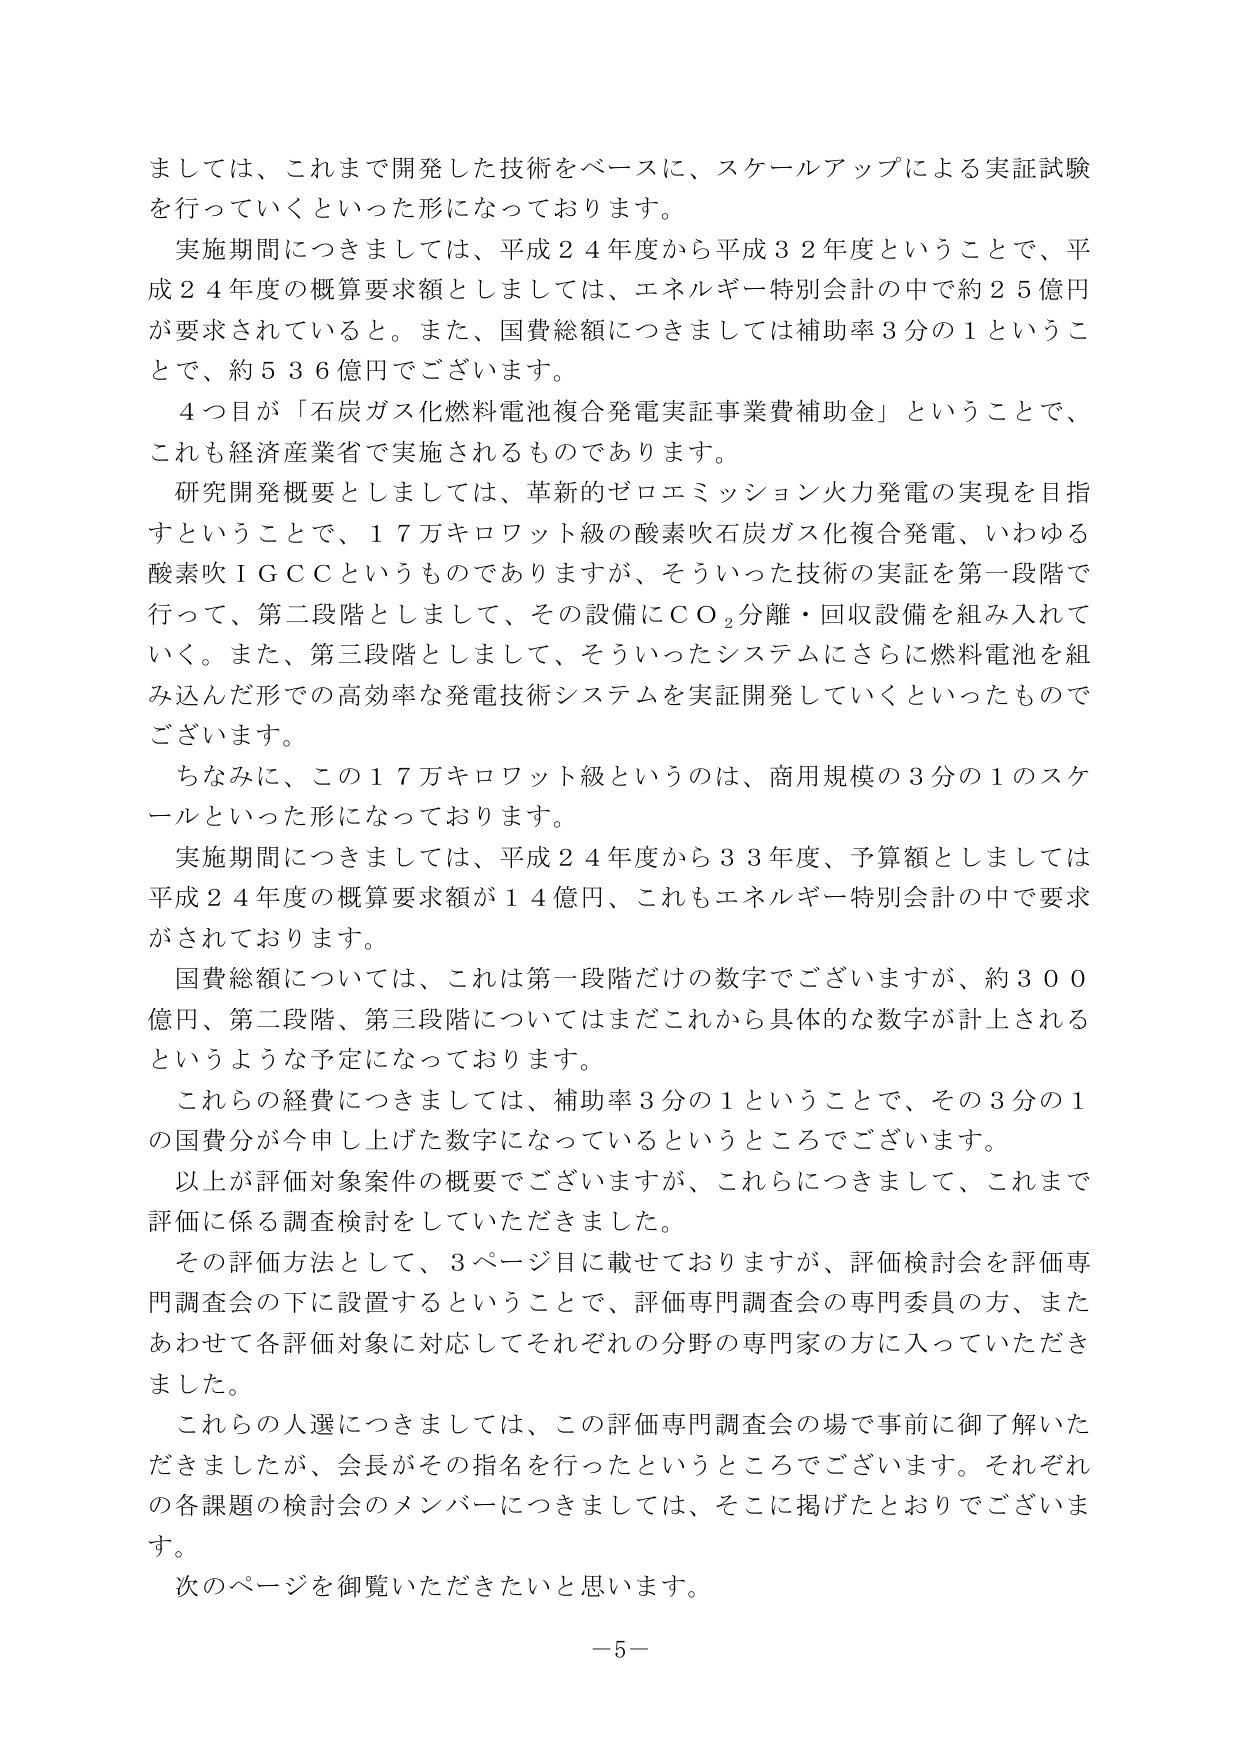
ましては、これまで開発した技術をベースに、スケールアップによる実証試験を行っていくといった形になっております。

実施期間につきましては、平成２４年度から平成３２年度ということで、平成２４年度の概算要求額としましては、エネルギー特別会計の中で約２５億円が要求されていると。また、国費総額につきましては補助率３分の１ということで、約５３６億円でございます。

４つ目が「石炭ガス化燃料電池複合発電実証事業費補助金」ということで、これも経済産業省で実施されるものであります。

研究開発概要としましては、革新的ゼロエミッション火力発電の実現を目指すということで、１７万キロワット級の酸素吹石炭ガス化複合発電、いわゆる酸素吹ＩＧＣＣというものでありますが、そういった技術の実証を第一段階で行って、第二段階としまして、その設備にＣＯ₂分離・回収設備を組み入れていく。また、第三段階としまして、そういったシステムにさらに燃料電池を組み込んだ形での高効率な発電技術システムを実証開発していくといったものでございます。

ちなみに、この１７万キロワット級というのは、商用規模の３分の１のスケールといった形になっております。

実施期間につきましては、平成２４年度から３３年度、予算額としましては平成２４年度の概算要求額が１４億円、これもエネルギー特別会計の中で要求がされております。

国費総額については、これは第一段階だけの数字でございますが、約３００億円、第二段階、第三段階についてはまだこれから具体的な数字が計上されるというような予定になっております。

これらの経費につきましては、補助率３分の１ということで、その３分の１の国費分が今申し上げた数字になっているというところでございます。

以上が評価対象案件の概要でございますが、これらにつきまして、これまで評価に係る調査検討をしていただきました。

その評価方法として、３ページ目に載せておりますが、評価検討会を評価専門調査会の下に設置するということで、評価専門調査会の専門委員の方、またあわせて各評価対象に対応してそれぞれの分野の専門家の方に入っていただきました。

これらの人選につきましては、この評価専門調査会の場で事前に御了解いただきましたが、会長がその指名を行ったというところでございます。それぞれの各課題の検討会のメンバーにつきましては、そこに掲げたとおりでございます。

次のページを御覧いただきたいと思います。

－５－